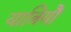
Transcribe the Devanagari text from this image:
यात्रियोँ